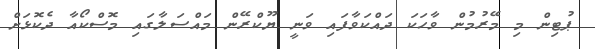
ޕުޓިން މި މޭރުމުން ވާހަކަ ދައްކަވާފައި ވަނީ ޔޫކްރޭން މައްސަލާގައި މޮސްކޯއާ ދެކޮޅަށް